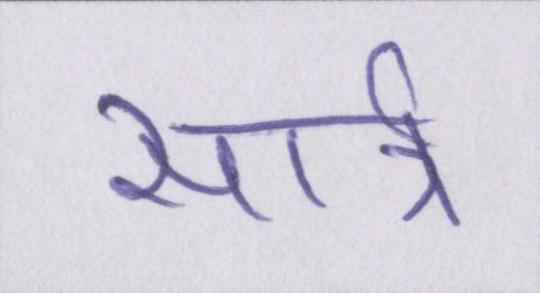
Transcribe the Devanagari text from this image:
सार्त्र